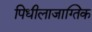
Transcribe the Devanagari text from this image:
पिधीलाजाग्तिक